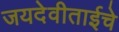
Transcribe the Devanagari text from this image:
जयदेवीताईचे